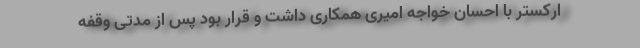
ارکستر با احسان خواجه امیری همکاری داشت و قرار بود پس از مدتی وقفه